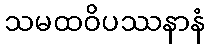
သမထဝိပဿနာနံ